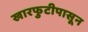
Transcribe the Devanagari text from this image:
खारफुटीपासून